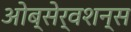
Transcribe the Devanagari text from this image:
ओब्सेर्वशन्स